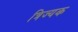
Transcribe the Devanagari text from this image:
त्रिज्यक